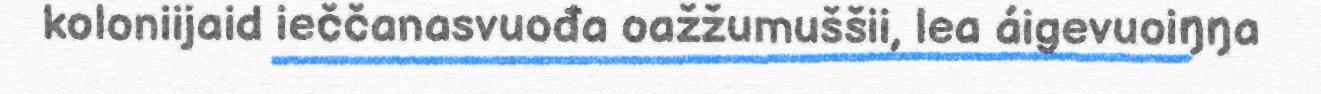
koloniijaid ieččanasvuođa oažžumuššii, lea áigevuoiŋŋa